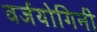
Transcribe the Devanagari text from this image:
वर्जयोगिनी